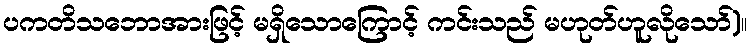
ပကတိသဘောအားဖြင့် မရှိသောကြောင့် ကင်းသည် မဟုတ်ဟူလိုသော်)။